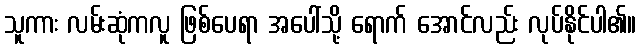
သူကား လမ်းဆုံကလူ ဖြစ်ပေရာ အပေါ်သို့ ရောက် အောင်လည်း လုပ်နိုင်ပါ၏။